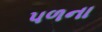
પળના